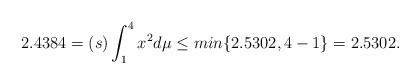
LaTeX: \begin{align*} 2.4384= (s)\int_{1}^{4}x^2 d\mu \leq min\{2.5302, 4-1\}=2.5302. \end{align*}